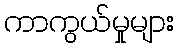
ကာကွယ်မှုများ